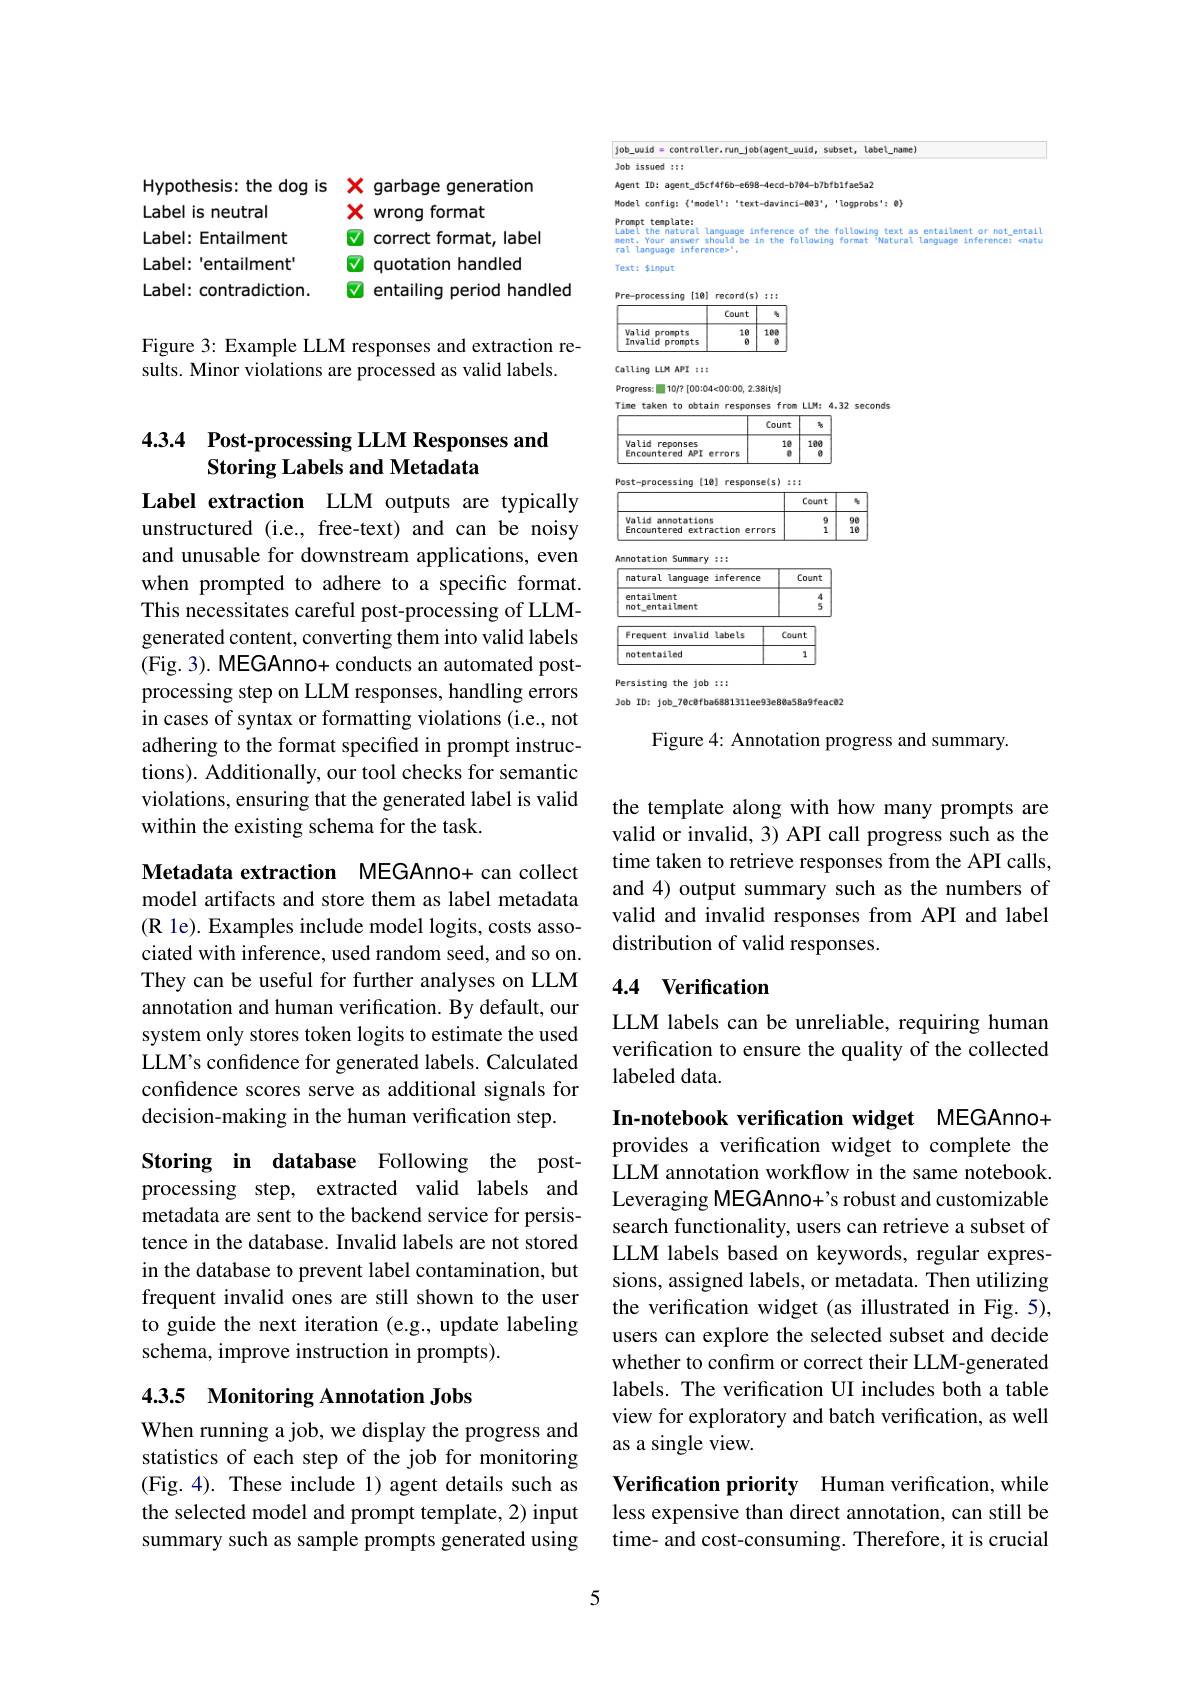
Hypothesis: the dog is X garbage generation

X wrong format

Label is neutral

$\textcircled{7}$ correct format, label

Label: Entailment

Label: 'entailment'

Z quotation handled

$\nabla$ entailing period handled

Label: contradiction.

Figure 3: Example LLM responses and extraction re-
sults. Minor violations are processed as valid labels.

## 4.3.4 Post-processing LLM Responses and Storing Labels and Metadata

Label extraction LLM outputs are typically unstructured (i.e., free-text) and can be noisy and unusable for downstream applications, even when prompted to adhere to a specific format. This necessitates careful post-processing of LLMgenerated content, converting them into valid labels (Fig. 3). MEGAnno+ conducts an automated postprocessing step on LLM responses, handling errors in cases of syntax or formatting violations (i.e., not adhering to the format specified in prompt instructions). Additionally, our tool checks for semantic violations, ensuring that the generated label is valid within the existing schema for the task.

Metadata extraction MEGAnno+ can collect model artifacts and store them as label metadata (R le). Examples include model logits, costs associated with inference, used random seed, and so on. They can be useful for further analyses on LLM annotation and human verification. By default, our system only stores token logits to estimate the used LLM's confidence for generated labels. Calculated confidence scores serve as additional signals for decision-making in the human verification step.

Storing in database Following the post- $\begin{array}{ccccccccccccccccccccccccceses}&\text{providesaverificationwidgettocompletethe}\\&\text{LLMannotationworkflowinthesamenotebook.}\end{array}$
processing step, extracted valid labels and metadata are sent to the backend service for persistence in the database. Invalid labels are not stored in the database to prevent label contamination, but frequent invalid ones are still shown to the user to guide the next iteration (e.g., update labeling schema, improve instruction in prompts).

## 4.3.5 Monitoring Annotation Jobs

When running a job, we display the progress and statistics of each step of the job for monitoring (Fig. 4). These include 1) agent details such as the selected model and prompt template, 2) input summary such as sample prompts generated using

ent or not entailus $\begin{cases}\text{ent or not entaile}\\\text{inference: }<\text{natu}\end{cases}$
<FigureHere>

Figure 4: Annotation progress and summary

the template along with how many prompts are valid or invalid, 3) API call progress such as the time taken to retrieve responses from the API calls, and 4) output summary such as the numbers of valid and invalid responses from API and label distribution of valid responses.

## 4.4 Verification

LLM labels can be unreliable, requiring human verification to ensure the quality of the collected labeled data.

In-notebook verification widget MEGAnno+ LLM annotation workflow in the same notebook. Leveraging MEGAnno+'s robust and customizable search functionality, users can retrieve a subset of LLM labels based on keywords, regular expressions, assigned labels, or metadata. Then utilizing the verification widget (as illustrated in Fig. 5), users can explore the selected subset and decide whether to confirm or correct their LLM-generated labels. The verification UI includes both a table view for exploratory and batch verification, as well as a single view.

Verification priority Human verification, while less expensive than direct annotation, can still be time- and cost-consuming. Therefore, it is crucial

5